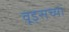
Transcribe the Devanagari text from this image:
वूड्सच्या